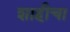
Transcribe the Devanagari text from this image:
शाहीचा